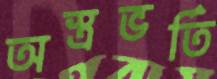
অস্ত্রভর্তি